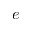
e